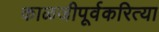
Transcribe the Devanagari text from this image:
काळजीपूर्वकरित्या